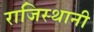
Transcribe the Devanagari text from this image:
राजिस्थानी